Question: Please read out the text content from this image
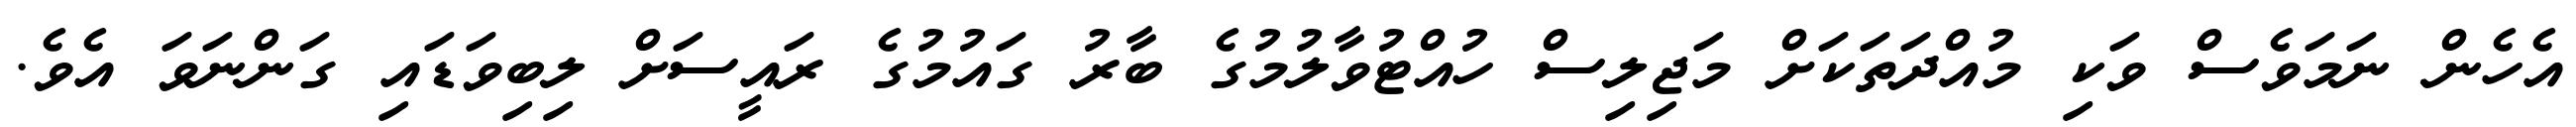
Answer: އެހެން ނަމަވެސް ވަކި މުއްދަތަކަށް މަޖިލިސް ހުއްޓުވާލުމުގެ ބާރު ގައުމުގެ ރައީސަށް ލިބިވަޑައި ގަންނަވަ އެވެ.